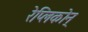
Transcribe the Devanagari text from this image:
रेप्लिकोन्